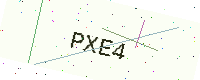
Text: PXE4